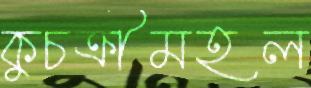
কুচক্রীমহল